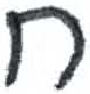
אות: ח